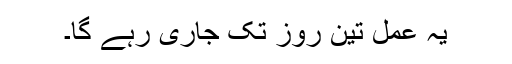
یہ عمل تین روز تک جاری رہے گا۔